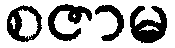
စဇာမ